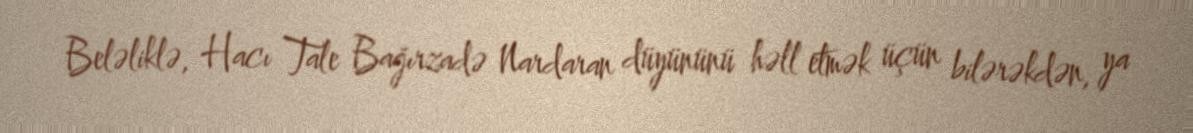
Beləliklə, Hacı Tale Bağırzadə Nardaran düyününü həll etmək üçün bilərəkdən, ya